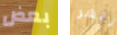
بعض ننشر